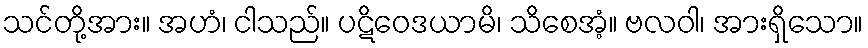
သင်တို့အား။ အဟံ၊ ငါသည်။ ပဋိဝေဒယာမိ၊ သိစေအံ့။ ဗလဝါ၊ အားရှိသော။